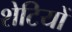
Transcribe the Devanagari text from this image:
शेटियों